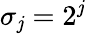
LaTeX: \sigma_{\mathit{j}}=2^{\mathit{j}}